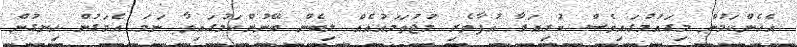
އެހެންކަމުން މިގައުމުގައިވެސް ކުރިއަރާ އުފާވެރި މުޖުތަމައުއެއް ލިބެން ބޭނުންކަމުގައިވާ ނަމަ އެމަގުން ހިނގުން